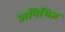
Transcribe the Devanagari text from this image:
अनिभिज्ञ